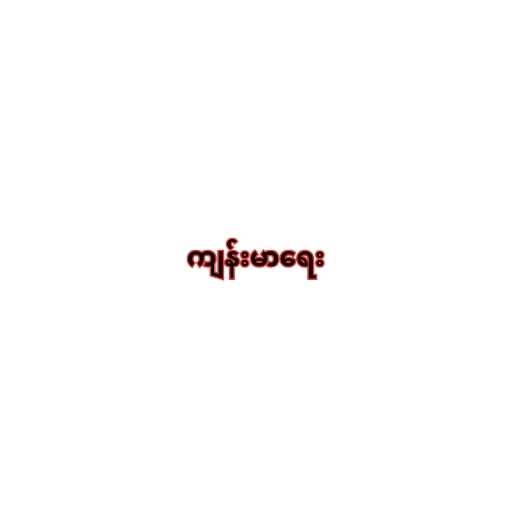
ကျန်းမာရေး